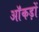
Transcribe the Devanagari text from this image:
ऑंकड़ों